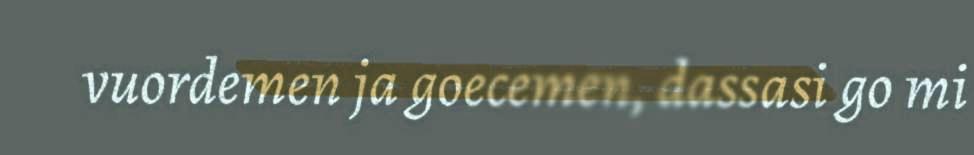
vuordemen ja goecemen, dassasi go mi